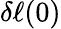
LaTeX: \delta\ell(0)